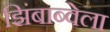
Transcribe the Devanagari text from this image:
झिंबाब्वेला